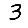
Digit: 3